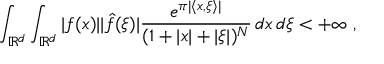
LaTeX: \int _ { \mathbb { R } ^ { d } } \int _ { \mathbb { R } ^ { d } } | f ( x ) | | { \hat { f } } ( \xi ) | { \frac { e ^ { \pi | \langle x , \xi \rangle | } } { ( 1 + | x | + | \xi | ) ^ { N } } } \, d x \, d \xi < + \infty ~ ,